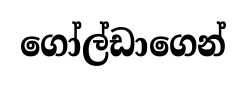
ගෝල්ඩාගෙන්